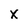
Character: x